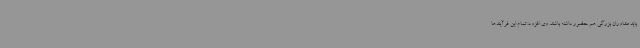
باید مشاوران بزرگی هم حضور داشته باشند. وی افزود: تمام این فرآیندها